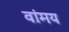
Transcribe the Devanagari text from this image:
वांमय